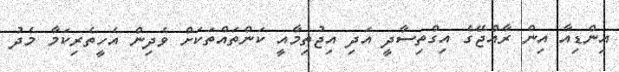
އިންޑިއާ އިން ރާއްޖޭގެ އިގްތިސާދީ އަދި އިޖުތިމާއީ ކަންތައްތަކަށް ވެދިން އެހީތެރިކަމާ މެދު